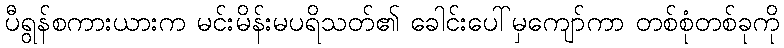
ပီရွန်စကားယားက မင်းမိန်းမပရိသတ်၏ ခေါင်းပေါ်မှကျော်ကာ တစ်စုံတစ်ခုကို